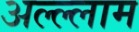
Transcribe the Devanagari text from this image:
अल्ल्लाम